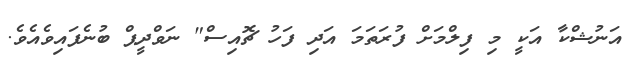
އަނުޝްކާ އަކީ މި ފިލްމަށް ފުރަތަމަ އަދި ފަހު ޗޮއިސް" ނަވްދީޕް ބުނެފައިވެއެވެ.